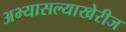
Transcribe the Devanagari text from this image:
अभ्यासल्याखेरीज